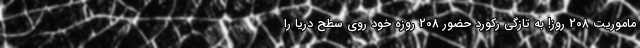
ماموریت 208 روز! به تازگی رکورد حضور 208 روزه خود روی سطح دریا را